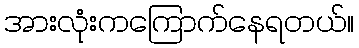
အားလုံးကကြောက်နေရတယ်။